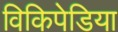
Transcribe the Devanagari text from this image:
विकिपेडिया